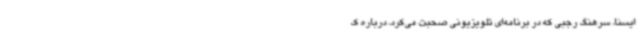
ایسنا، سرهنگ رجبی که در برنامه‌ای تلویزیونی صحبت می‌کرد، درباره ک